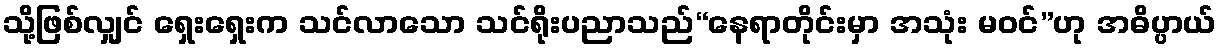
သို့ဖြစ်လျှင် ရှေးရှေးက သင်လာသော သင်ရိုးပညာသည်“နေရာတိုင်းမှာ အသုံး မဝင်”ဟု အဓိပ္ပာယ်